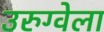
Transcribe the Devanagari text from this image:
उरुग्वेला